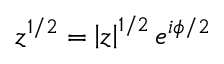
z ^ { 1 / 2 } = \left| z \right| ^ { 1 / 2 } e ^ { i \phi / 2 }